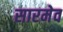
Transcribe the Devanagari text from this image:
सारमेव